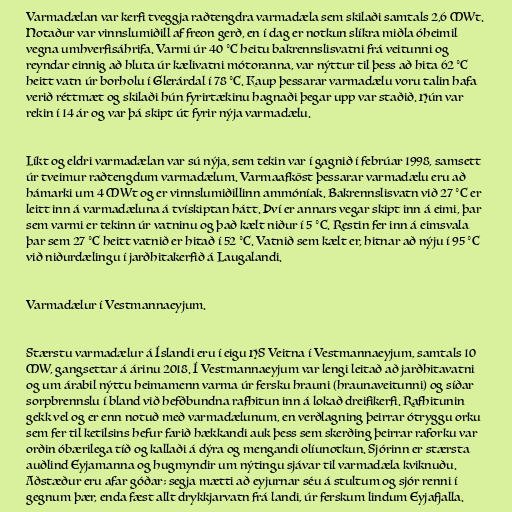
Varmadælan var kerfi tveggja raðtengdra varmadæla sem skilaði samtals 2,6 MWt.
Notaður var vinnslumiðill af freon gerð, en í dag er notkun slíkra miðla óheimil
vegna umhverfisáhrifa. Varmi úr 40 °C heitu bakrennslisvatni frá veitunni og
reyndar einnig að hluta úr kælivatni mótoranna, var nýttur til þess að hita 62 °C
heitt vatn úr borholu í Glerárdal í 78 °C. Kaup þessarar varmadælu voru talin hafa
verið réttmæt og skilaði hún fyrirtækinu hagnaði þegar upp var staðið. Hún var
rekin í 14 ár og var þá skipt út fyrir nýja varmadælu.

Líkt og eldri varmadælan var sú nýja, sem tekin var í gagnið í febrúar 1998, samsett
úr tveimur raðtengdum varmadælum. Varmaafköst þessarar varmadælu eru að
hámarki um 4 MWt og er vinnslumiðillinn ammóníak. Bakrennslisvatn við 27 °C er
leitt inn á varmadæluna á tvískiptan hátt. Því er annars vegar skipt inn á eimi, þar
sem varmi er tekinn úr vatninu og það kælt niður í 5 °C. Restin fer inn á eimsvala
þar sem 27 °C heitt vatnið er hitað í 52 °C. Vatnið sem kælt er, hitnar að nýju í 95 °C
við niðurdælingu í jarðhitakerfið á Laugalandi.

Varmadælur í Vestmannaeyjum.

Stærstu varmadælur á Íslandi eru í eigu HS Veitna í Vestmannaeyjum, samtals 10
MW, gangsettar á árinu 2018. Í Vestmannaeyjum var lengi leitað að jarðhitavatni
og um árabil nýttu heimamenn varma úr fersku hrauni (hraunaveitunni) og síðar
sorpbrennslu í bland við hefðbundna rafhitun inn á lokað dreifikerfi. Rafhitunin
gekk vel og er enn notuð með varmadælunum, en verðlagning þeirrar ótryggu orku
sem fer til ketilsins hefur farið hækkandi auk þess sem skerðing þeirrar raforku var
orðin óbærilega tíð og kallaði á dýra og mengandi olíunotkun. Sjórinn er stærsta
auðlind Eyjamanna og hugmyndir um nýtingu sjávar til varmadæla kviknuðu.
Aðstæður eru afar góðar; segja mætti að eyjurnar séu á stultum og sjór renni í
gegnum þær, enda fæst allt drykkjarvatn frá landi, úr ferskum lindum Eyjafjalla.